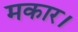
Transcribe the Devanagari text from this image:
मकार।